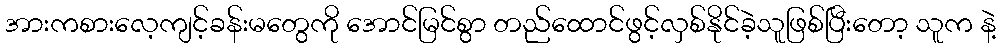
အားကစားလေ့ကျင့်ခန်းမတွေကို အောင်မြင်စွာ တည်ထောင်ဖွင့်လှစ်နိုင်ခဲ့သူဖြစ်ပြီးတော့ သူက နဲ့